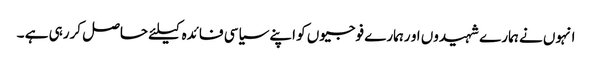
انہوں نے ہمارے شہیدوں او رہمارے فوجیوں کو اپنے سیاسی فائدہ کیلئے حاصل کررہی ہے ۔